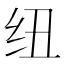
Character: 纽